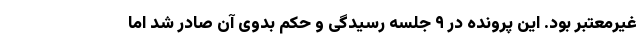
غیرمعتبر بود. این پرونده در ۹ جلسه رسیدگی و حکم بدوی آن صادر شد اما